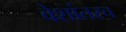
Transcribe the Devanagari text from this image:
वेशांतरच